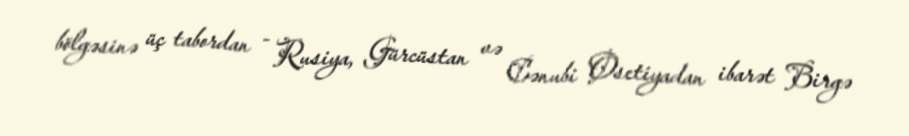
bölgəsinə üç tabordan - Rusiya, Gürcüstan və Cənubi Osetiyadan ibarət Birgə